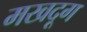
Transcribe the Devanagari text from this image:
मखदूग